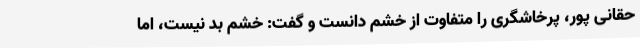
حقانی پور، پرخاشگری را متفاوت از خشم دانست و گفت: خشم بد نیست، اما